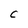
Character: C